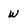
Character: w